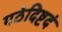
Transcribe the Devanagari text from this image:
पठेदिष्टदं